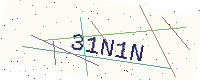
Text: 31N1N